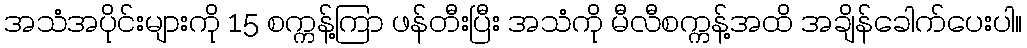
အသံအပိုင်းများကို 15 စက္ကန့်ကြာ ဖန်တီးပြီး အသံကို မီလီစက္ကန့်အထိ အချိန်ခေါက်ပေးပါ။